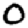
Digit: 0